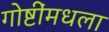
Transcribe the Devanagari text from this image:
गोष्टींमधला